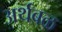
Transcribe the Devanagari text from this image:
अर्थबळ